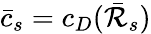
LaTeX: \bar{c}_{s}=c_{D}(\bar{\cal R}_{s})